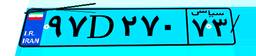
۹۷D۲۷۰۷۳